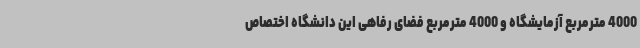
4000 مترمربع آزمایشگاه و 4000 مترمربع فضای رفاهی این دانشگاه اختصاص